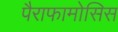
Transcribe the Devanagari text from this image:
पैराफामोसिस